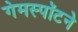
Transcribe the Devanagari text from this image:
गेमस्पॉटने